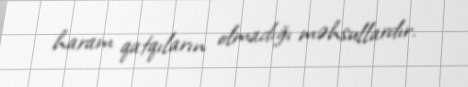
haram qatqıların olmadığı məhsullardır.